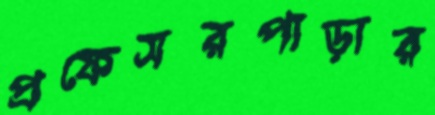
প্রফেসরপাড়ার